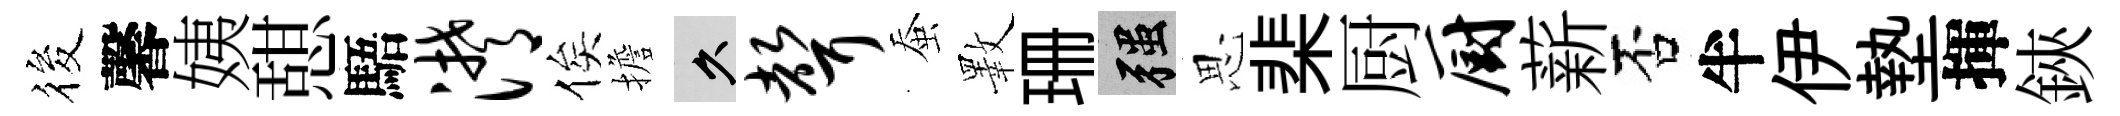
筱馨姨憇䮏潸俟擔久声蚕斁珊强思棐厨厨薪否半伊墊揮鋏